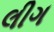
લીગ